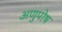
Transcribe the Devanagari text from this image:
अणुपोष